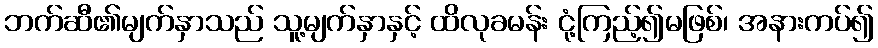
ဘက်ဆီ၏မျက်နှာသည် သူ့မျက်နှာနှင့် ထိလုခမန်း ငုံ့ကြည့်၍မဖြစ်၊ အနားကပ်၍